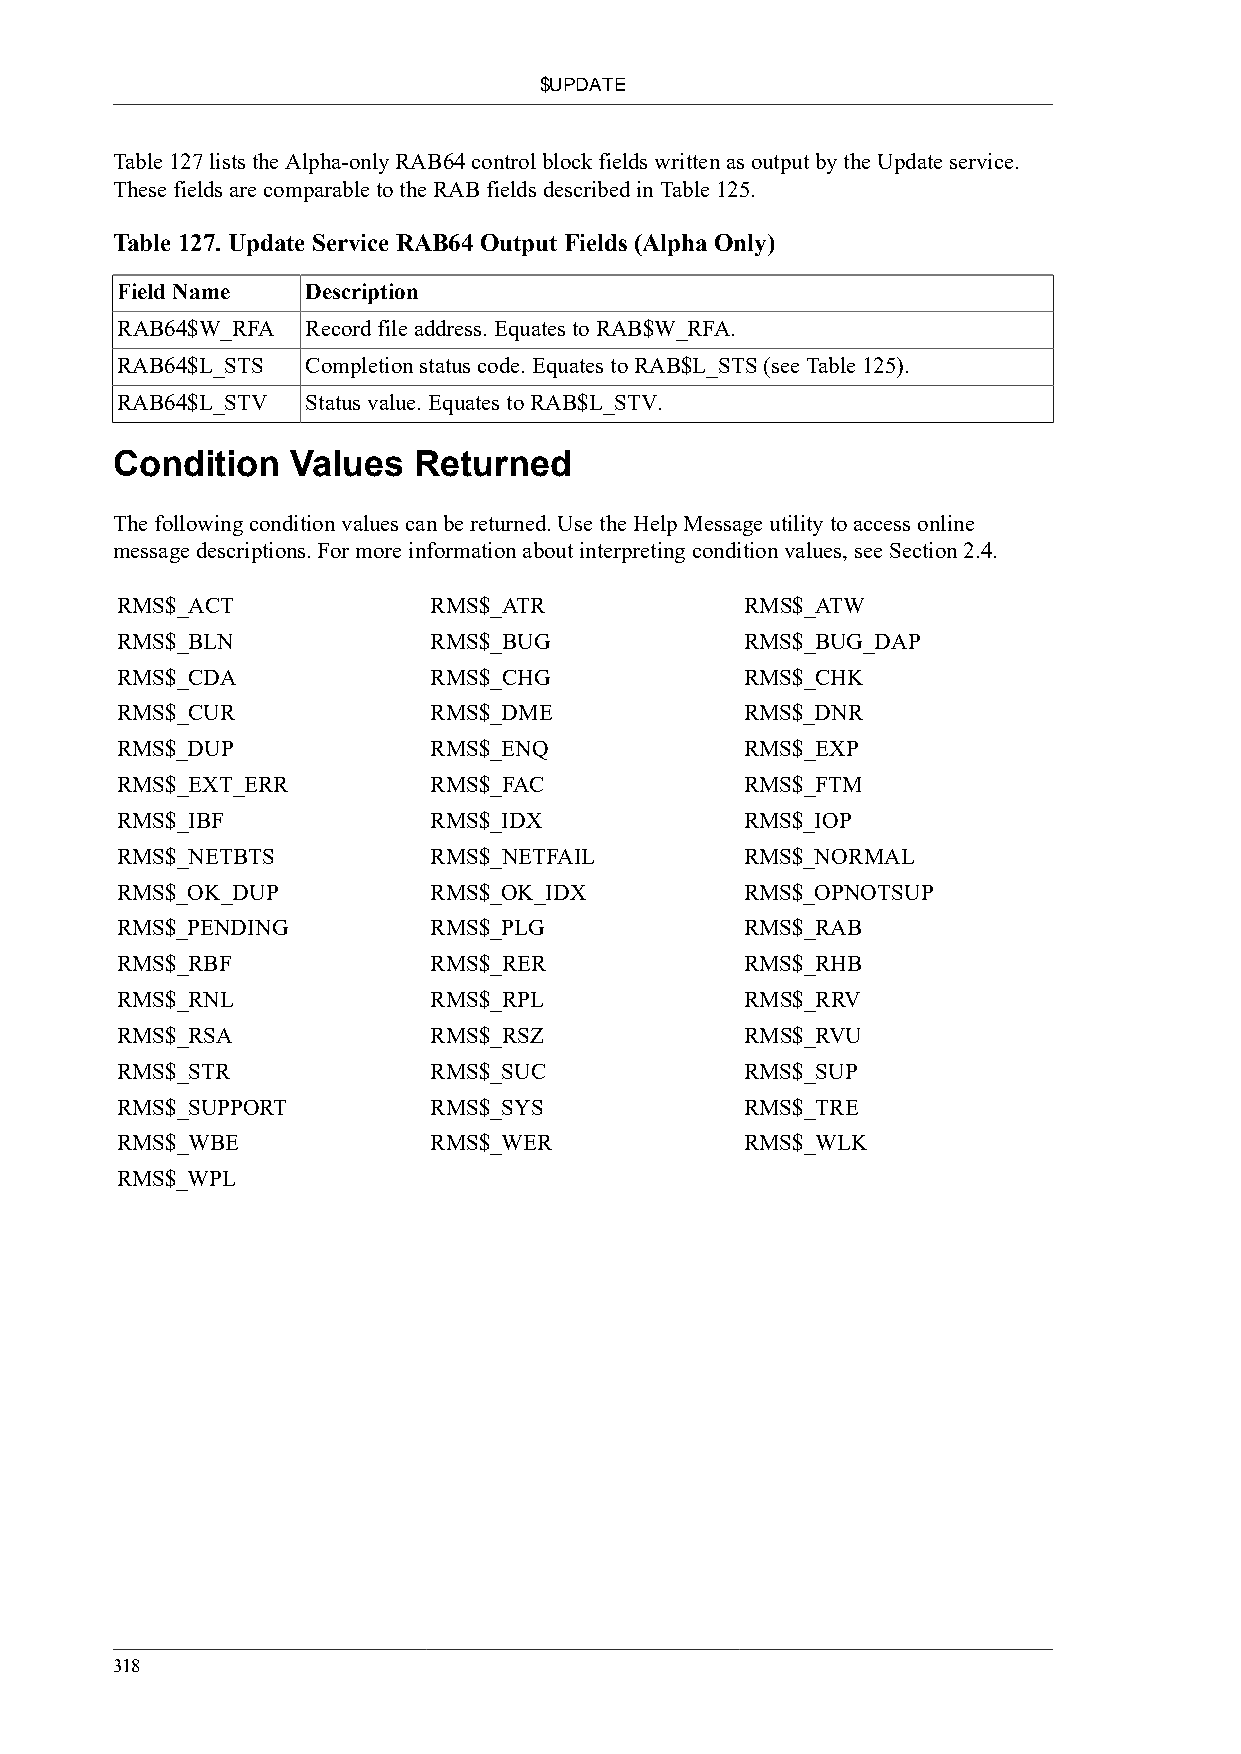
$UPDATE
 Table 127 lists the Alpha-only RAB64 control block fields written as output by the Update service.
 These fields are comparable to the RAB fields described in Table 125.
 Table 127. Update Service RAB64 Output Fields (Alpha Only)
 Field Name  Description
 RAB64$W_RFA Record file address. Equates to RAB$W_RFA.
 RAB64$L_STS Completion status code. Equates to RAB$L_STS (see Table 125).
 RAB64$L_STV Status value. Equates to RAB$L_STV.
 Condition   Values  Returned
 The following condition values can be returned. Use the Help Message utility to access online
 message descriptions. For more information about interpreting condition values, see Section 2.4.
 RMS$_ACT            RMS$_ATR             RMS$_ATW
 RMS$_BLN            RMS$_BUG             RMS$_BUG_DAP
 RMS$_CDA            RMS$_CHG             RMS$_CHK
 RMS$_CUR            RMS$_DME             RMS$_DNR
 RMS$_DUP            RMS$_ENQ             RMS$_EXP
 RMS$_EXT_ERR        RMS$_FAC             RMS$_FTM
 RMS$_IBF            RMS$_IDX             RMS$_IOP
 RMS$_NETBTS         RMS$_NETFAIL         RMS$_NORMAL
 RMS$_OK_DUP         RMS$_OK_IDX          RMS$_OPNOTSUP
 RMS$_PENDING        RMS$_PLG             RMS$_RAB
 RMS$_RBF            RMS$_RER             RMS$_RHB
 RMS$_RNL            RMS$_RPL             RMS$_RRV
 RMS$_RSA            RMS$_RSZ             RMS$_RVU
 RMS$_STR            RMS$_SUC             RMS$_SUP
 RMS$_SUPPORT        RMS$_SYS             RMS$_TRE
 RMS$_WBE            RMS$_WER             RMS$_WLK
 RMS$_WPL
 318